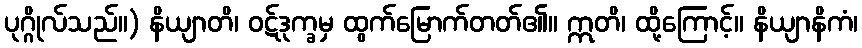
ပုဂ္ဂိုလ်သည်။) နိယျာတိ၊ ဝဋ်ဒုက္ခမှ ထွက်မြောက်တတ်၏။ ဣတိ၊ ထို့ကြောင့်။ နိယျာနိကံ၊